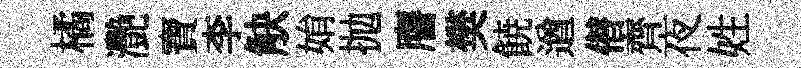
橘灧寶李觖姢抛譍樊𩜙遒僣齊夜姓